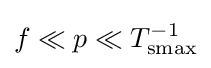
f\ll p\ll T_{\mathrm {smax} }^{-1}